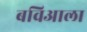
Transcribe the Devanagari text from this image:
बविआला